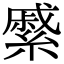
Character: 𦄉